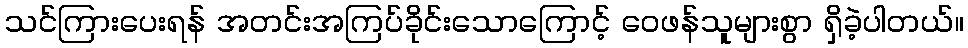
သင်ကြားပေးရန် အတင်းအကြပ်ခိုင်းသောကြောင့် ဝေဖန်သူများစွာ ရှိခဲ့ပါတယ်။